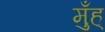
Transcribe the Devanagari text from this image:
मुँह्